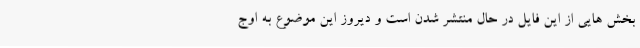
بخش هایی از این فایل در حال منتشر شدن است و دیروز این موضوع به اوج